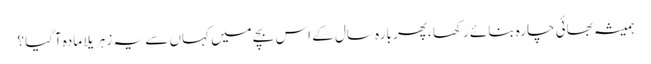
ہمیشہ بھائی چارہ بنائے رکھا ،پھر بارہ سال کے اس بچے میں کہاں سے یہ زہریلا مادہ آگیا؟